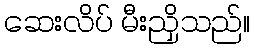
ဆေးလိပ် မီးညှိသည်။